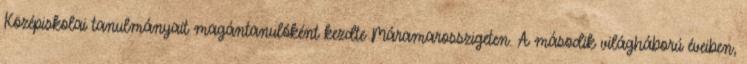
Középiskolai tanulmányait magántanulóként kezdte Máramarosszigeten. A második világháború éveiben,